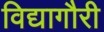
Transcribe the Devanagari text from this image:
विद्यागौरी